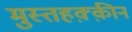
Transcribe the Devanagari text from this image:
मुस्तहक़्क़ीन